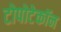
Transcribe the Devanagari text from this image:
टोपोटेकॉन